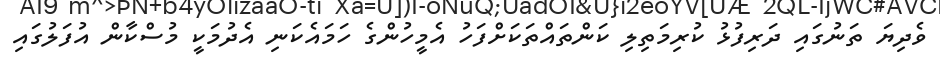
ވެދިޔަ ތަނުގައި ދަރިފުޅު ކުރިމަތިލި ކަންތައްތަކަށްފަހު އެމީހުންގެ ހަމައެކަނި އެދުމަކީ މުސްކާން އުފަލުގައި